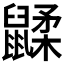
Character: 𲎟